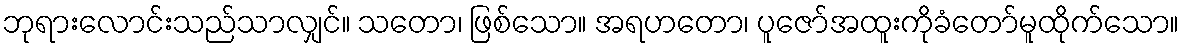
ဘုရားလောင်းသည်သာလျှင်။ သတော၊ ဖြစ်သော။ အရဟတော၊ ပူဇော်အထူးကိုခံတော်မူထိုက်သော။